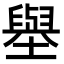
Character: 𡒊